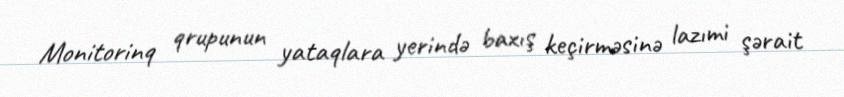
Monitorinq qrupunun yataqlara yerində baxış keçirməsinə lazımi şərait